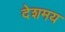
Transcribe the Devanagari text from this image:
देशमय